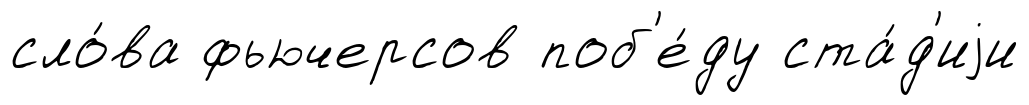
сло́ва фьючерсов поб'е́ду ста́д'иjи